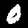
Digit: 0